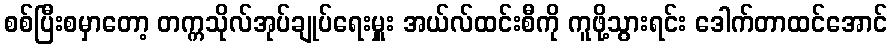
စစ်ပြီးစမှာတော့ တက္ကသိုလ်အုပ်ချုပ်ရေးမှူး အယ်လ်ထင်းစီကို ကူဖို့သွားရင်း ဒေါက်တာထင်အောင်